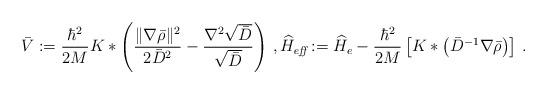
LaTeX: \begin{align*}\bar{V}:=\frac{\hbar^2}{2M}K*\left(\frac{\|\nabla\bar\rho\|^2}{2\bar{D}^2}-\frac{\nabla^2 \sqrt{\bar{D}}}{\sqrt{\bar{D}}}\right)\,,\widehat{H}_\textit{eff}:=\widehat{H}_e - \frac{\hbar^2}{2M}\left[K*\left(\bar{D}^{-1}\nabla\bar{\rho}\right)\right]\,.\end{align*}